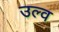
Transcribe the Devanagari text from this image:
उल्व